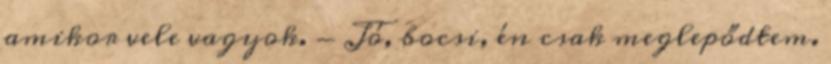
amikor vele vagyok. - Jó, bocsi, én csak meglepődtem.